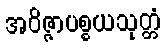
အဝိဇ္ဇာပစ္စယသုတ္တံ